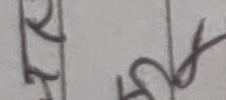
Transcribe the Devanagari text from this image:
रि
र
सु